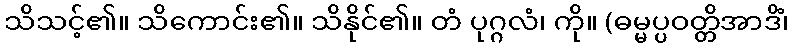
သိသင့်၏။ သိကောင်း၏။ သိနိုင်၏။ တံ ပုဂ္ဂလံ၊ ကို။ (ဓမ္မပ္ပဝတ္တိအာဒိံ၊